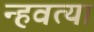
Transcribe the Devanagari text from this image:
न्हवत्या